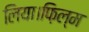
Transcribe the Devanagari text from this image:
लिया।फ़िल्म